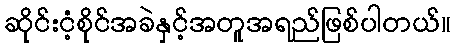
ဆိုင်းငံ့စိုင်အခဲနှင့်အတူအရည်ဖြစ်ပါတယ်။